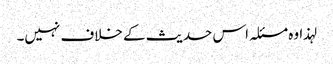
لہذا وہ مسئلہ اس حدیث کے خلاف نہیں۔